Bréfritari: Stefanía Siggeirsdóttir
Viðtakandi: Páll Pálsson
Dagsetning: A-1865-05-07
Skrifað á: Hraungerði  Árn.
Stefanía var bróðurdóttir Páls Pálssonar

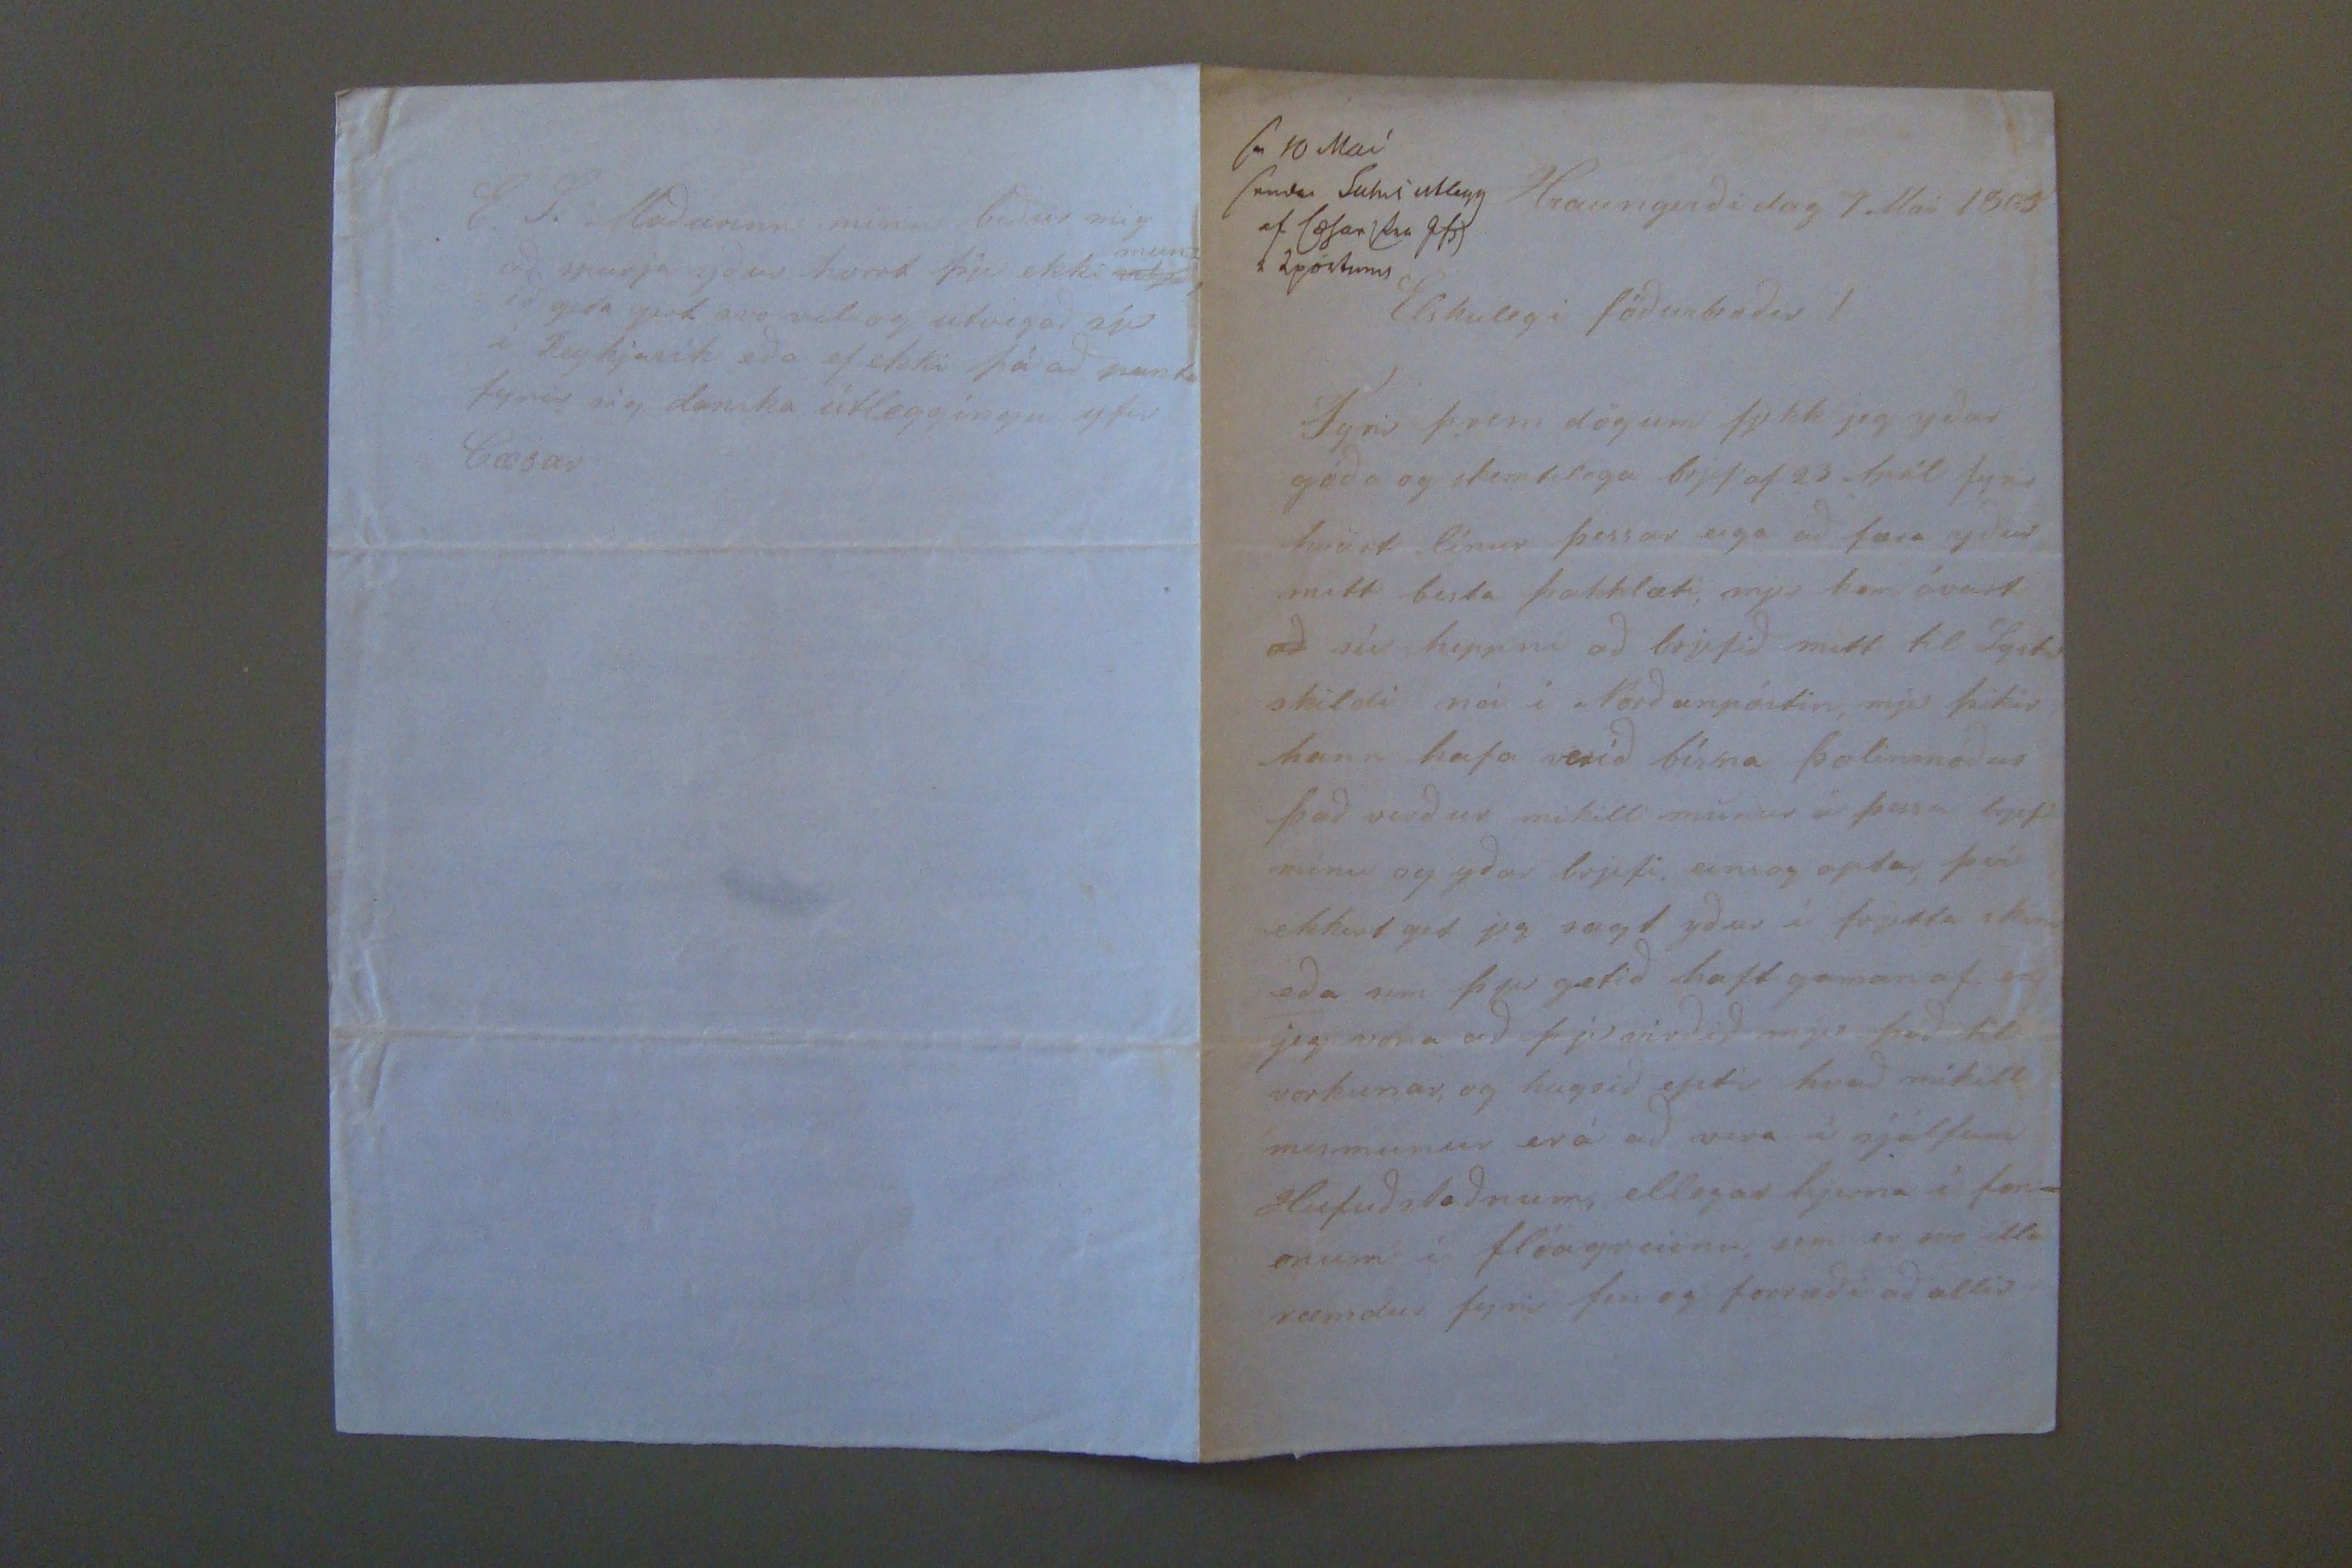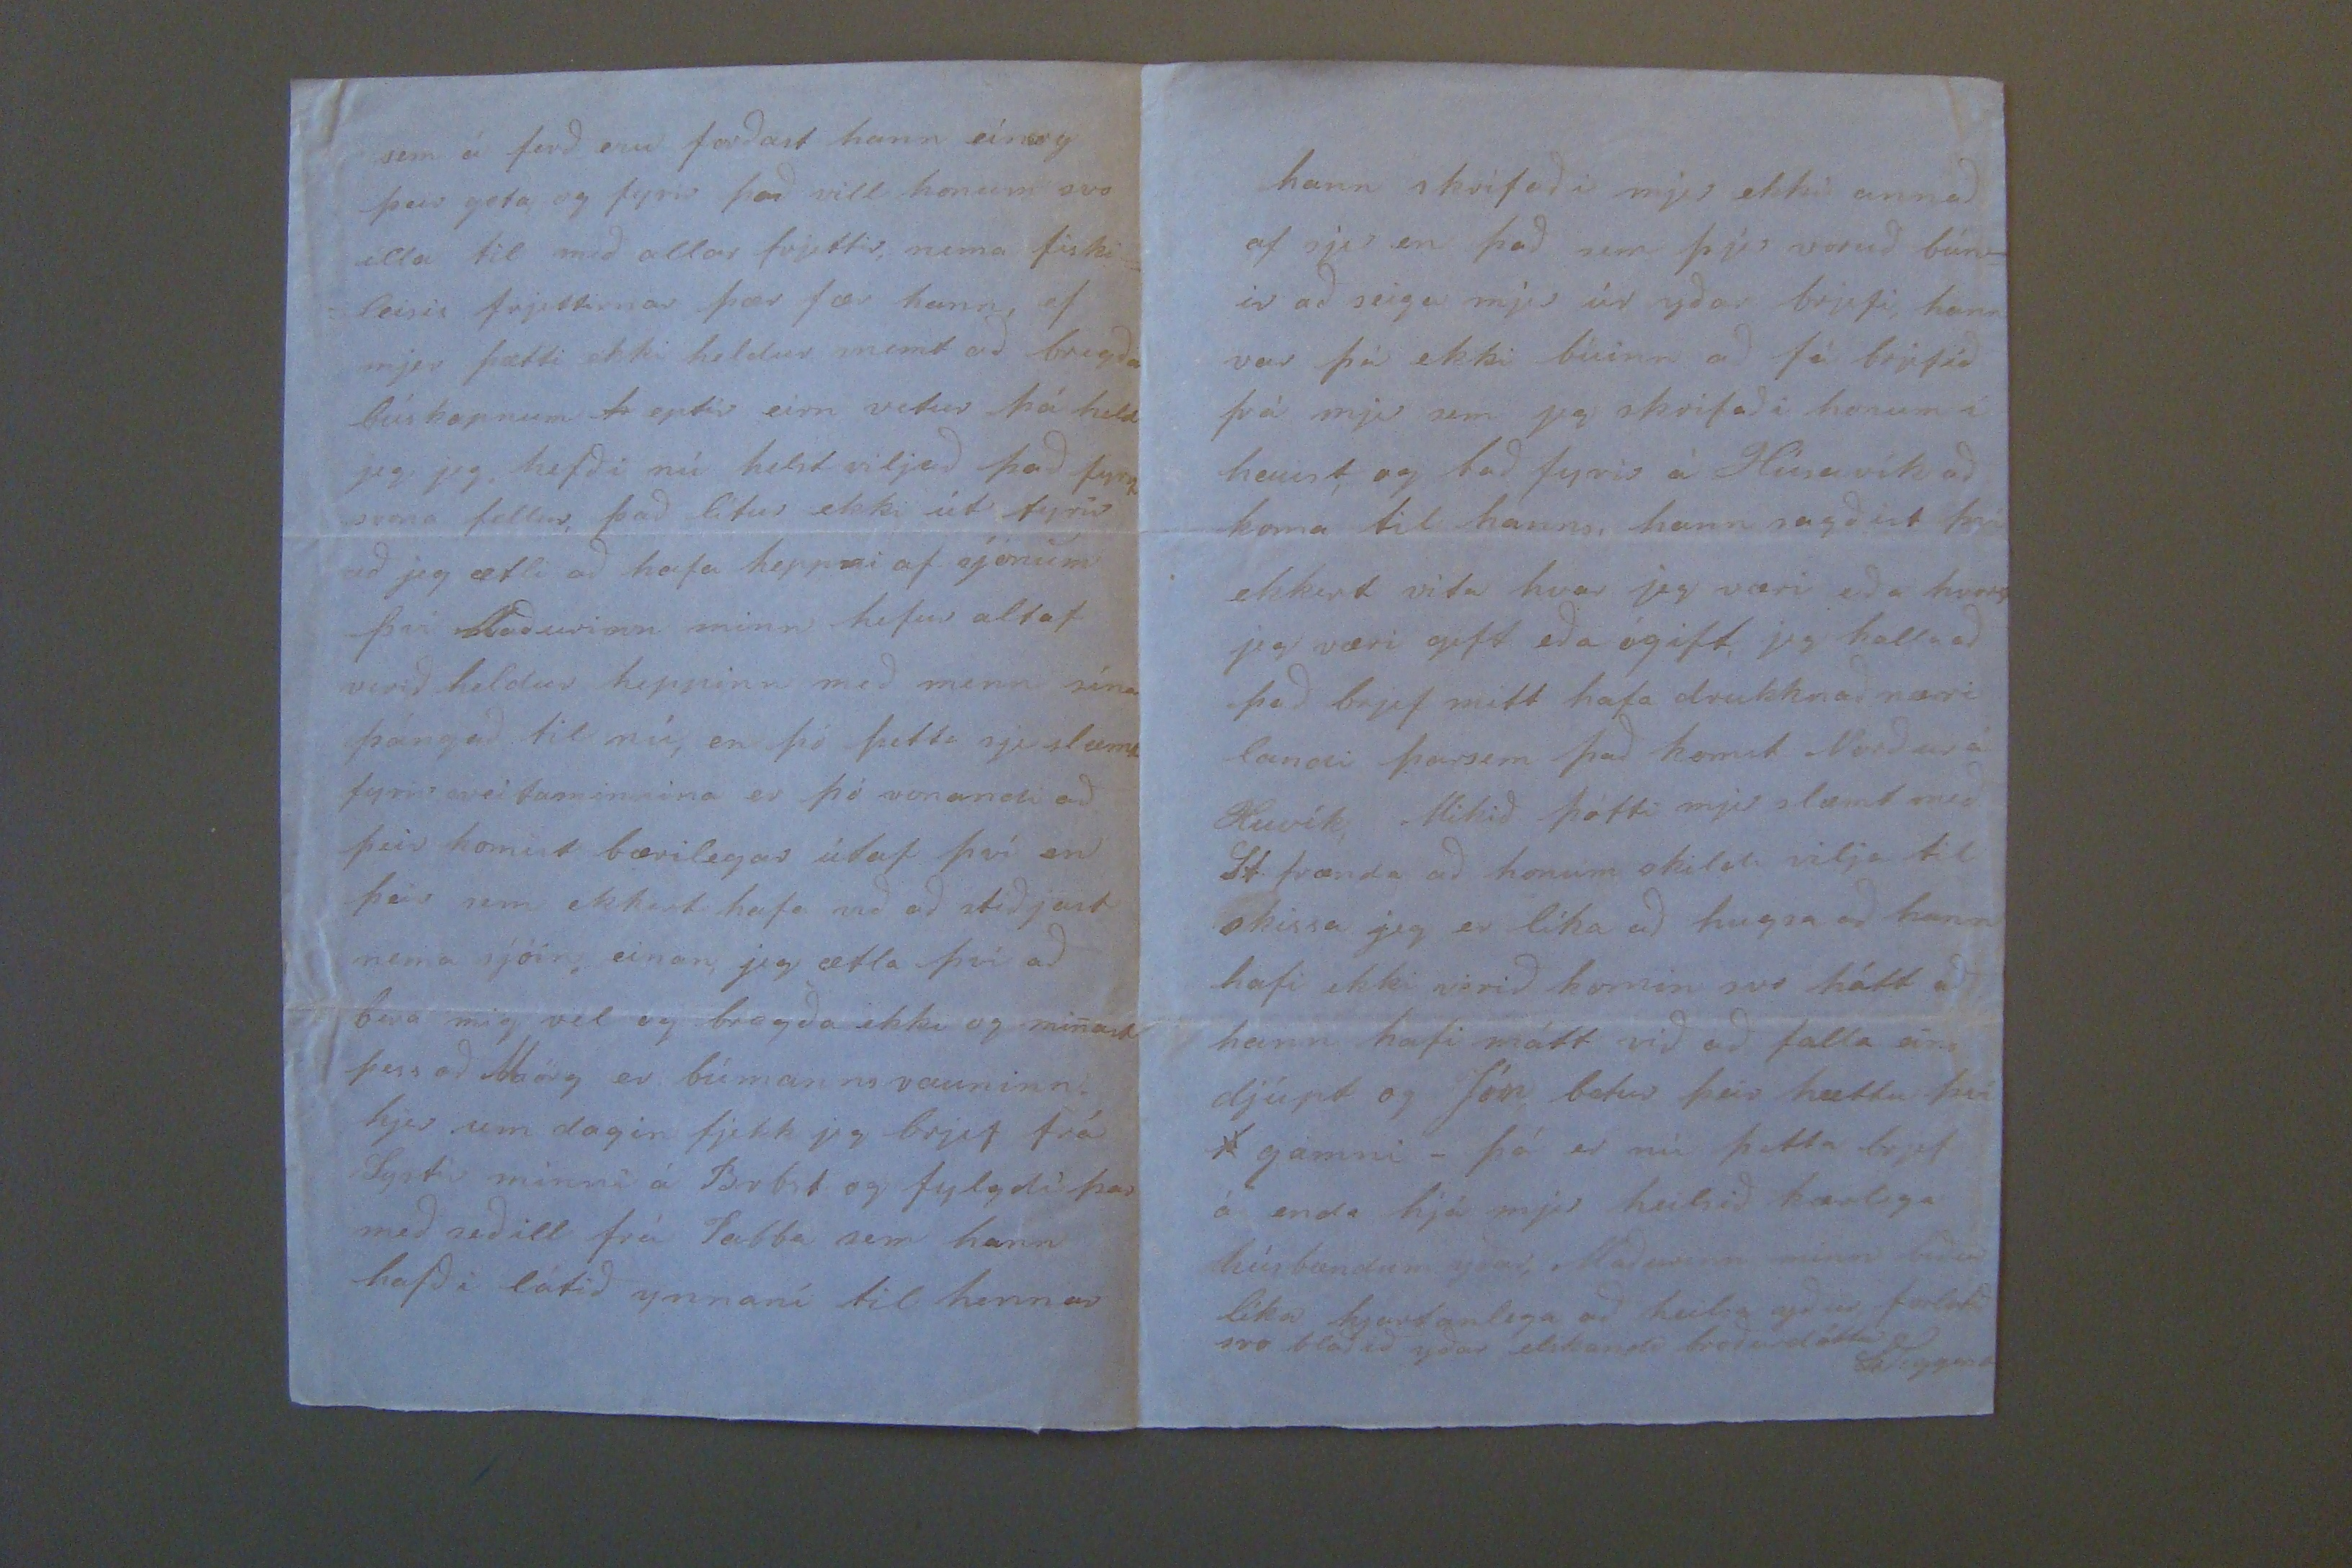

sv 10 maí sendir
su00i ullegg af (æsar fra jfs) i 2 póstum
Hraungerði dag 7. Maí 1865
Elskulegi föðurbróðir!
Fyrir þrem dögum fjekk jeg yðar góða og skemtilega brjef af 23 Apríl fyrir hvört línur þessar eiga að færa yður mitt besta þakklæti, mjer kom óvart
að
sú heppni að brjefið mitt til Systur skildi ná í Norðanpóstin, mjer þikir hann hafa verið bísna þolinmóður það verður mikill munur á þessu brjefi mínu og yðar brjefi, einsog optar því ekkert get jeg sagt yður í frjetta skini eða sem þjer getið haft gaman af en jeg vona að þjer virðið mjer það til vorkunar, og hugsið eptir hvað mikill mismunur erá að vera í sjálfum Hufuðstaðnum, ellegar hjerna i
fen= onum
í flóagreiinu sem er svo illa
reimdur
fyrir fen og forræði að allir
sem á ferð eru forðast hann einsog þeir geta og fyrir það vill honum svo illa til með allar frjettir, nema fiski= =leisis frjettirnar þær fær hann, ef mjer þætti ekki heldur snemt að bregða búskornum
h
eptir eirn vetur þá held jeg, jeg, hefði nú helst viljað það fyrra svona fellur, það lítur ekki út fyrir að jeg ætli að hafa heppni af sjónum því staðurinn minn hefur altaf verið heldur heppinn með menn sína þángað til nú, en þó þetta sje slæmt fyrir sveitamennina er þó vonandi að þeir komist bærilegast útaf því en eir sem ekkert hafa við að stiðjast nema sjóin einan, jeg ætla því að bera mig vel og bregða ekki og minast þess að Mörg er búmanns rauninn. hjer um dagin fjekk jeg brjef frá Systir minni á Brbst og fylgdi þar með seðill frá Stebba sem hann hafði látið ynnaní til hennar
hann skrifaði mjer ekki annað af sjer en að sem þjer voruð bún= ir að seiga mjer úr yðar brjefi, hann var á ekki búinn að fá brjefið frá mjer sem jeg skrifaði honum í haust, og bað fyrir á Húsavík að koma til hanns, hann sagðist á ekkert vita hvar jeg væri eða hvort jeg væri gift eða ógift, jeg halla að það brjef mitt hafa drukknað næri landi þarsem það komst Norður á Huvík, Mikið ótti mjer slæmt með St frænda að honum skildi vilja til
skissa
jeg er líka að hugsa að hann hafi ekki verið komin svo hátt að hann hafi mátt við að falla eins djúpt og Jón betur þeir hættu því
þ
gamni_ þá er nú þetta brjef á enda hjá mjer heilsið kærlega húsbændum yðar, Maðurinn minn biður líka hjartanlega að heilsa yður forlatið svo blaðið yðar elskandi bróðurdóttir
St Sigge
rd
E.S. Maðurinn minn biður mig að spurja yður hvort þjer ekki
viljið
mun= ið geta gert svo vel og utvegað sjer í Reykjavík eða ef ekki á að panta fyrir sig danska útleggíngu yfir Gæsar